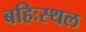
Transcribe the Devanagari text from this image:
बहिःस्थल